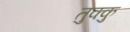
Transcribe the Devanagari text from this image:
तुक्कु